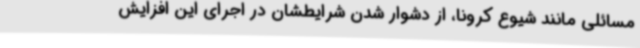
مسائلی مانند شیوع کرونا، از دشوار شدن شرایطشان در اجرای این افزایش